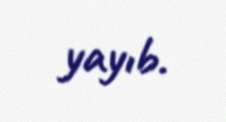
yayıb.